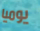
يوميا